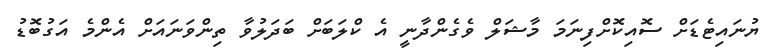
ޔުނައިޓެޑަށް ސޮއިކޮށްފިނަމަ މާޝަލް ވެގެންދާނީ އެ ކްލަބަށް ބަދަލުވާ ތިންވަނައަށް އެންމެ އަގުބޮޑު